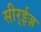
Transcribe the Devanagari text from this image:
सीर्‍ईज़